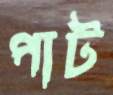
পাট